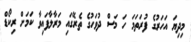
މިދިޔަ އަހަރުގެ ފުރަތަމަ ހަ މަސް ދުވަހުގެ ތެރޭގައި މަރާލާފައިވާ ކަމަށް ރިކޯޑް